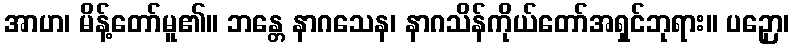
အာဟ၊ မိန့်တော်မူ၏။ ဘန္တေ နာဂသေန၊ နာဂသိန်ကိုယ်တော်အရှင်ဘုရား။ ပဉှော၊